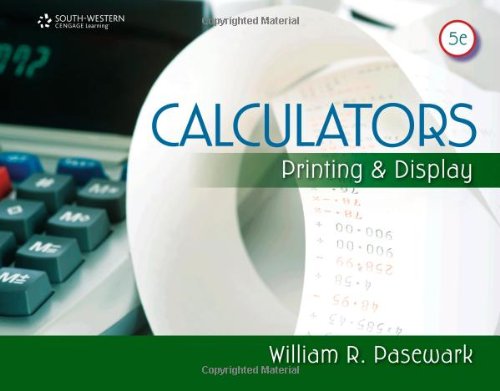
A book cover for Calculators: Printing and Display (Business Calculations); William R. Pasewark; Business & Money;